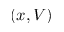
( x , V )